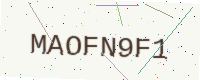
Text: MAOFN9F1